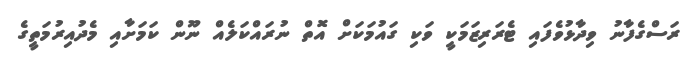
ރަސްގެފާނު ވިދާޅުވެފައި ޓެރަރިޒަމަކީ ވަކި ގައުމަކަށް އޮތް ނުރައްކަލެއް ނޫން ކަމަށާއި މެދުއިރުމަތީގެ